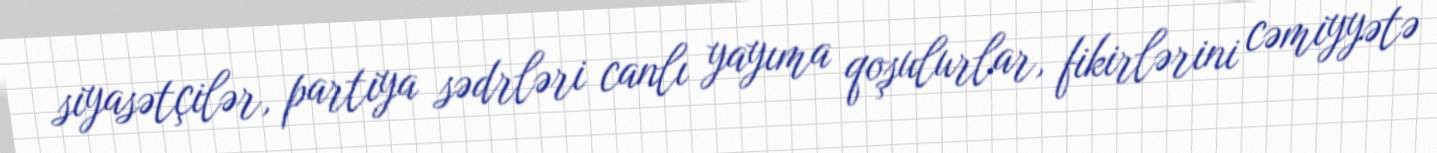
siyasətçilər, partiya sədrləri canlı yayıma qoşulurlar, fikirlərini cəmiyyətə